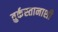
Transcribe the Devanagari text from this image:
तुर्कस्तानाशी